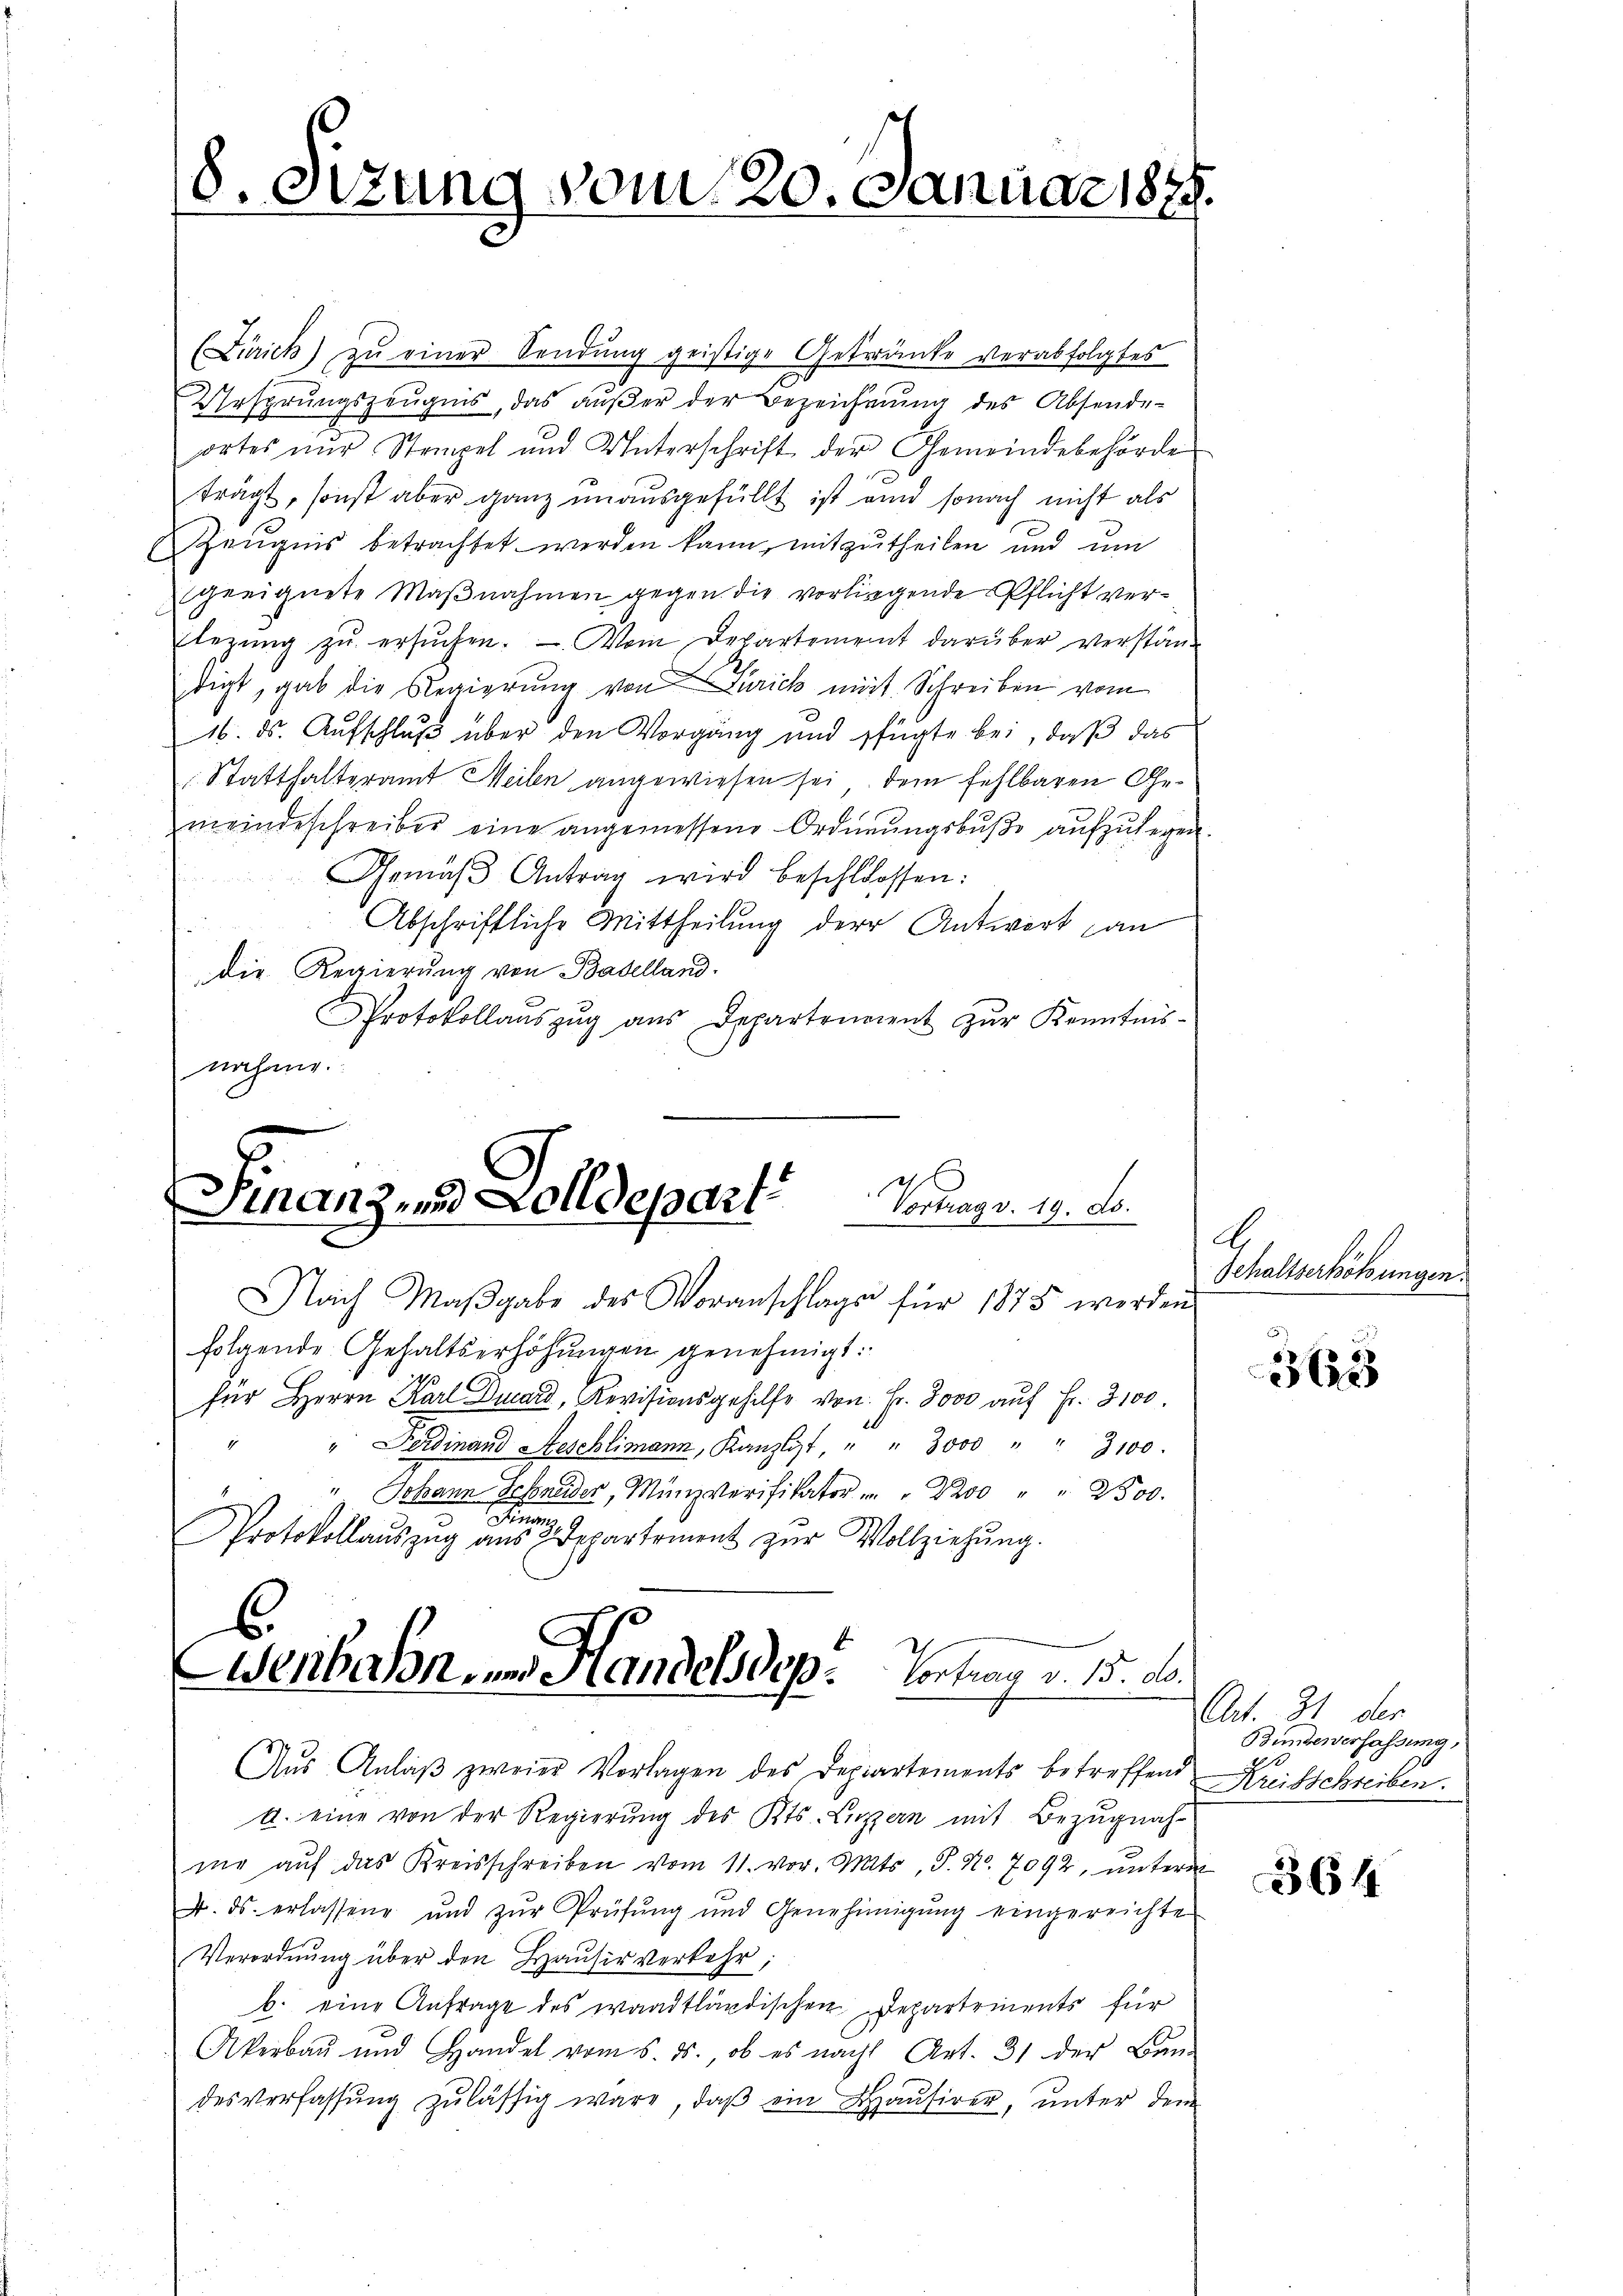
8. Sizung vom 20. Januar 1874.

(Zürich) zŭ einer Sendung geistige Getränke verabfolgtes
Ursprungszeugnis, das außer der Bezeichnung des Absende-
ortes nŭr Stempel und Unterschrift der Gemeindebehörde
trägt, sonst aber ganz unausgefüllt ist ein sonach nicht als
Zeugnis betrachtet werden kann, mitzutheilen und um
geeignete Maßnahmen gegen die vorliegende Pflicht verlegŭng zŭ ersŭchen. — Vom Departement darüber verständigt, gab die Regierung von Zürich mit Schreiben vom
16. ds. Aufschluß über den Vorgang und fügte bei, daß das
Statthalteramt Meilen angewiesen sei dem fehlbaren Gemeindeschreiber eine angemessene Ordnŭngsbŭβe aŭfzŭlegen.
Gemäβ Antrag wird beschlossen:
Abschriftliche Mittheilung der Antwort an
die Regierung von Badelland.
Protokollaŭszŭg aŭs Departenaient zŭr Kenntnis-
nahme.

Finanz und Zolldepart. Vornay v. 19. D.

Nach Maβgabe des Voranschlags für 1875 werden
folgende Gehaltserhöhŭngen genehmigt:
für Herrn Karl Ducard, Revisionsgehilfe von Fr. 3000 auf Fr. 3100.
" Ferdinand Aeschlimann, Kanzlist, " " 3000 " " 3100.
" Johann Schneider, Münzverifikator  "  " " 2500.
n
Protokollaŭszŭg aŭs 2 Departement zŭr Vollziehŭng.
6.
Wenbahn, und Handelsdep. Vortrag v. 15. d.

Aus Anlaß zweier Vorlagen des Departements betreffend Kreisschreiben.
a. eine von der Regierŭng des Kts. Luzern mit Bezŭgnah-
nir auf das Kreisschreiben vom 11. vor. Mts., S. Nr. 7092, unterm
4. ds. erlassene und zŭr Prüfŭng und Genehmigŭng eingereichte
Verordnung über den Hausirverkehr,
b. eine Anfrage des waadtländischen Departements für
Akerbau und Handel vom 5. ds., ob es nach Art. 31 der Bau-
desverfassŭng zulässig wäre, daβ ein Haŭsirer, ŭnter dem

.
Gehaltserhöhungen.

3623

Art. 31 der
Bundesverfassung,
.

364